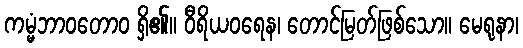
ကမ္မံဘာဝတောဝ ရှိ၏။ ဝီရိယဝရေန၊ တောင်မြတ်ဖြစ်သော။ မေရုနာ၊